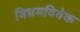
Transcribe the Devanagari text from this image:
विभ्रमविवेक